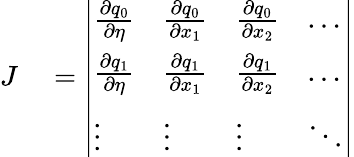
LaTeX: \begin{array}{rl}{J}&{{}=\left|\begin{array}{llll}{\frac{\partial q_{0}}{\partial\eta}}&{\frac{\partial q_{0}}{\partial x_{1}}}&{\frac{\partial q_{0}}{\partial x_{2}}}&{\dots}\\ {\frac{\partial q_{1}}{\partial\eta}}&{\frac{\partial q_{1}}{\partial x_{1}}}&{\frac{\partial q_{1}}{\partial x_{2}}}&{\dots}\\ {\vdots}&{\vdots}&{\vdots}&{\ddots}\end{array}\right|}\end{array}